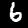
Label: 6